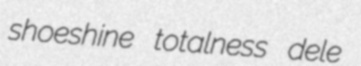
shoeshine totalness dele